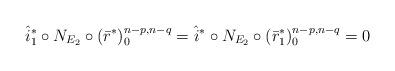
LaTeX: \begin{align*}\hat{i}_1^* \circ N_{E_2} \circ (\bar{r}^*)_0^{n-p,n-q}=\hat{i}^* \circ N_{E_2} \circ (\bar{r}_1^*)_0^{n-p,n-q}=0\end{align*}